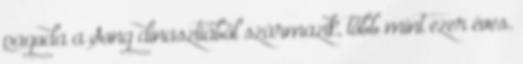
pagoda a Song dinasztiából származik, több mint ezer éves.